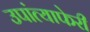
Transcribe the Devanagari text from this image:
उपांत्याफेरी